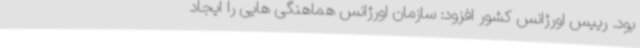
بود. رییس اورژانس کشور افزود: سازمان اورژانس هماهنگی هایی را ایجاد